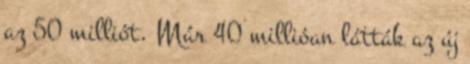
az 50 milliót. Már 40 millióan látták az új